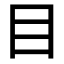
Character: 目